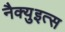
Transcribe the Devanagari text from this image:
नैक्युइत्स